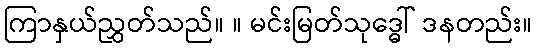
ကြာနှယ်ညွှတ်သည်။ ။ မင်းမြတ်သုဒ္ဓေါ် ဒနတည်း။